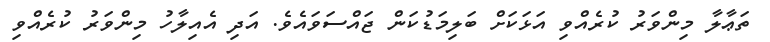
ތަޢާލާ މިންވަރު ކުރެއްވި އަޅަކަށް ބަލިމަޑުކަން ޖައްސަވައެވެ. އަދި އެއިލާހު މިންވަރު ކުރެއްވި